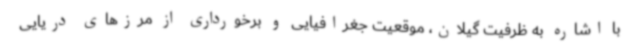
با اشاره به ظرفیت گیلان، موقعیت جغرافیایی و برخورداری از مرزهای دریایی